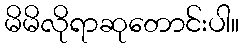
မိမိလိုရာဆုတောင်းပါ။